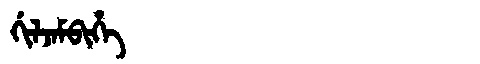
Manchu: ᡤᡳᠯᠵᠠᠮᠪᡳᡥᡝ
Romanization: GILJAMBIHE